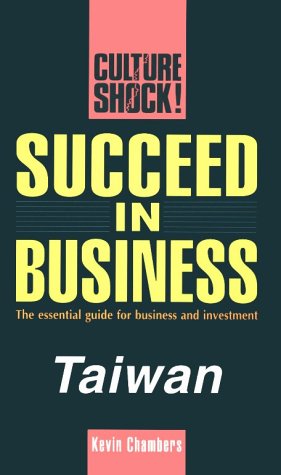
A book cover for Succeed in Business: Taiwan (Culture Shock! Success Secrets to Maximize Business); Kevin Chambers; Travel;